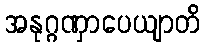
အနုဂ္ဂဏှာပေယျာတိ